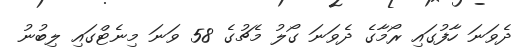
ދެވަނަ ހާފުގައި ރޯމާގެ ދެވަނަ ގޯލު މެޗުގެ 58 ވަނަ މިނެޓްގައި ލިބުނު